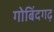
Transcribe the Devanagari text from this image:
गोबिंदगढ़